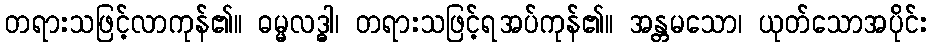
တရားသဖြင့်လာကုန်၏။ ဓမ္မလဒ္ဓါ၊ တရားသဖြင့်ရအပ်ကုန်၏။ အန္တမသော၊ ယုတ်သောအပိုင်း